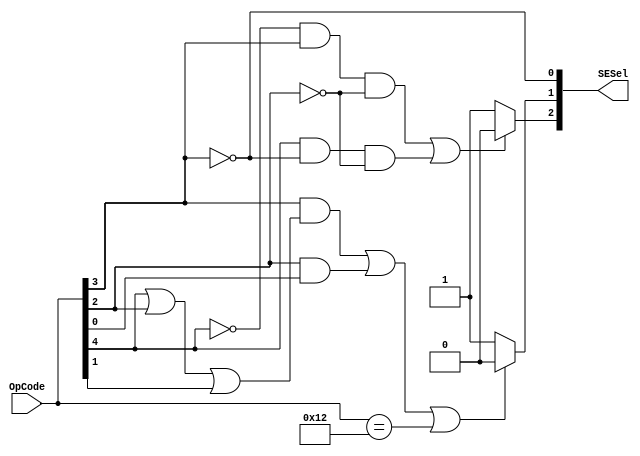

module SESelMod (OpCode, SESel);

input [4:0]	OpCode;
output [2:0]	SESel;

assign SESel[0] = ~OpCode[3];
assign SESel[1] = ((OpCode[3] & (OpCode[4] | OpCode[2] | OpCode[1])) | (OpCode[2] & OpCode[0]) | (OpCode == 5'b10010)) ? 1'b0 : 1'b1;
assign SESel[2] = ((~OpCode[4] & OpCode[3] & ~OpCode[2]) | (OpCode[4] & ~OpCode[3] & ~OpCode[2])) ? 1'b0 : 1'b1;

endmodule